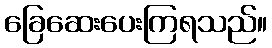
ခြေဆေးပေးကြရသည်။